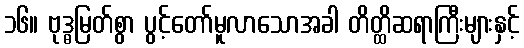
၁၆။ ဗုဒ္ဓမြတ်စွာ ပွင့်တော်မူလာသောအခါ တိတ္ထိဆရာကြီးများနှင့်